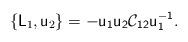
LaTeX: \begin{align*}\{\mathsf{L}_1 , \mathsf{u}_2 \} =-\mathsf{u_1u_2\mathcal{C}_{12}u_1^{-1}}.\end{align*}